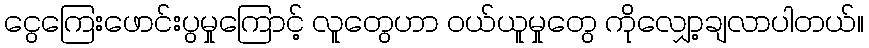
ငွေကြေးဖောင်းပွမှုကြောင့် လူတွေဟာ ဝယ်ယူမှုတွေ ကိုလျှော့ချလာပါတယ်။